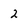
Character: 2